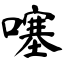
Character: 噻